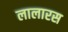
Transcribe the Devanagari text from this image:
लालारस